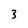
Character: 3